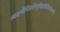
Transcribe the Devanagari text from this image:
त्वदन्यैर्निसर्गेन्दुचिह्नादिभिर्लोकभर्तुः